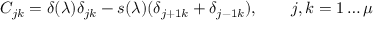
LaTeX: C _ { j k } = \delta ( \lambda ) \delta _ { j k } - s ( \lambda ) ( \delta _ { j + 1 k } + \delta _ { j - 1 k } ) , \qquad j , k = 1 \dots \mu